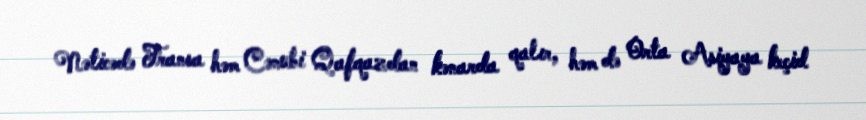
Nəticədə Fransa həm Cənubi Qafqazdan kənarda qalır, həm də Orta Asiyaya keçid